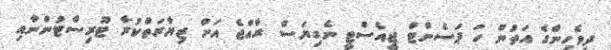
ދިވެހިންގެ އަތުން ހަ ޕަސެންޓް ޖީއެސްޓީ ނެގިޔަސް ރާއްޖެ އަށް ޒިޔާރަތްކުރާ ޓޫރިސްޓުންނާއި